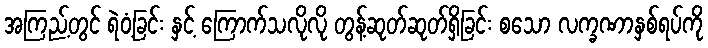
အကြည့်တွင် ရဲဝံ့ခြင်း နှင့် ကြောက်သလိုလို တွန့်ဆုတ်ဆုတ်ရှိခြင်း စသော လက္ခဏာနှစ်ရပ်ကို